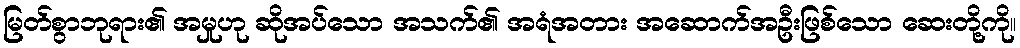
မြတ်စွာဘုရား၏ အမှုဟု ဆိုအပ်သော အသက်၏ အရံအတား အဆောက်အဦးဖြစ်သော ဆေးတို့ကို။